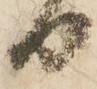
日